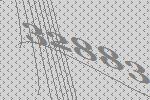
32883